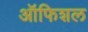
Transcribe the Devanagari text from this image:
ऑफिशल